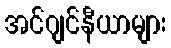
အင်ဂျင်နီယာများ